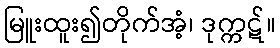
မြူးထူး၍တိုက်အံ့၊ ဒုက္ကဋ်။